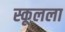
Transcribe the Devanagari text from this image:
स्कूलला